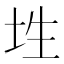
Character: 𡊳